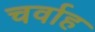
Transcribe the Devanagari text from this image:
चर्वाह